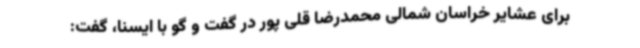
برای عشایر خراسان شمالی محمدرضا قلی پور در گفت و گو با ایسنا، گفت: